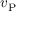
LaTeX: v _ { \mathrm { P } }